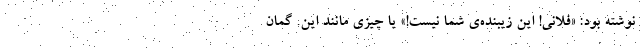
نوشته بود: «فلانی! این زیبنده‌ی شما نیست!» یا چیزی مانند این. گمان